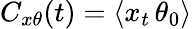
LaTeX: C_{x\theta}(t)=\langle x_{t}\, \theta_{0}\rangle